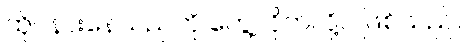
ထိုင်နားနေသည်ကို တွေ့လိုက်လို့ပဲ ဖြစ်သည်။